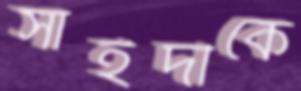
সাইদীকে